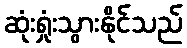
ဆုံးရှုံးသွားနိုင်သည်